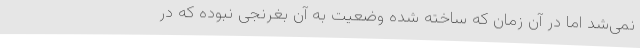
نمی‌شد اما در آن زمان که ساخته شده وضعیت به آن بغرنجی نبوده که در